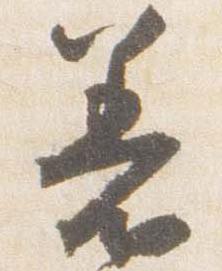
着